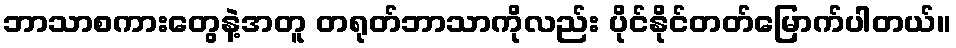
ဘာသာစကားတွေနဲ့အတူ တရုတ်ဘာသာကိုလည်း ပိုင်နိုင်တတ်မြောက်ပါတယ်။